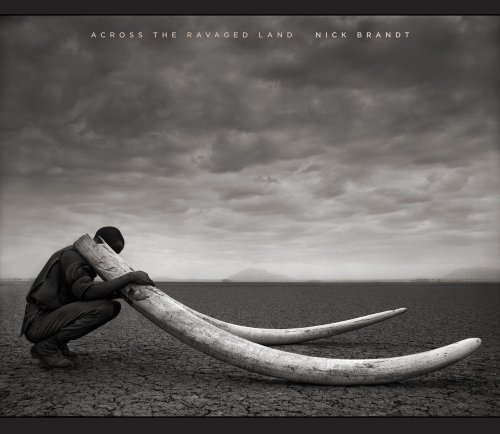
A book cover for Across the Ravaged Land; Nick Brandt; Arts & Photography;